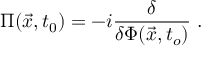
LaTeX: \Pi ( \vec { x } , t _ { 0 } ) = - i \frac { \delta } { \delta \Phi ( \vec { x } , t _ { o } ) } \; .